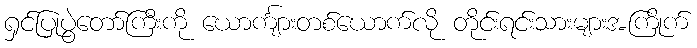
ရှင်ပြုပွဲတော်ကြီးကို ယောင်္ကျားတစ်ယောက်လို တိုင်းရင်းသားများအကြိုက်